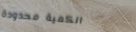
الكمية محدودة